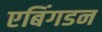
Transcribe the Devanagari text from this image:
एबिंगडन